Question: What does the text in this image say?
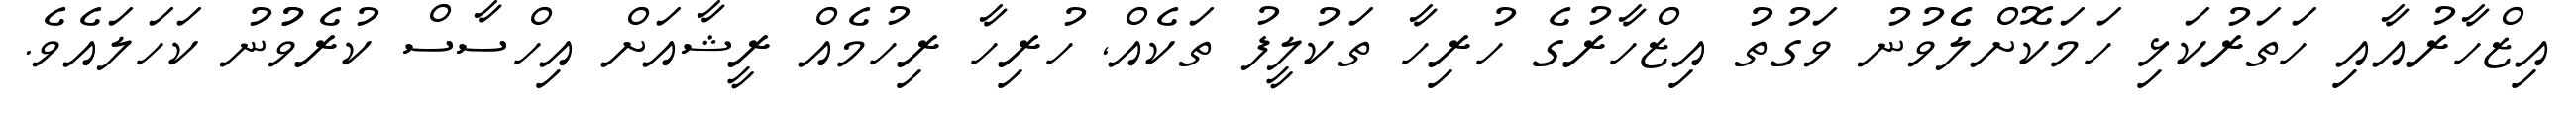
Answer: އިޒްހާރުއާއި ހަތަރުކަޅި ހަމަކޮށްލެެވުނު ވަގުތު އިޒްހާރުގެ ހުރިހާ ތަކުލީފު ތަކެއް, ހުރިހާ ރިހުމެއް ރީޝާއަށް އިހްސާސް ކުރެވުުނު ކަހަލައެވެ.